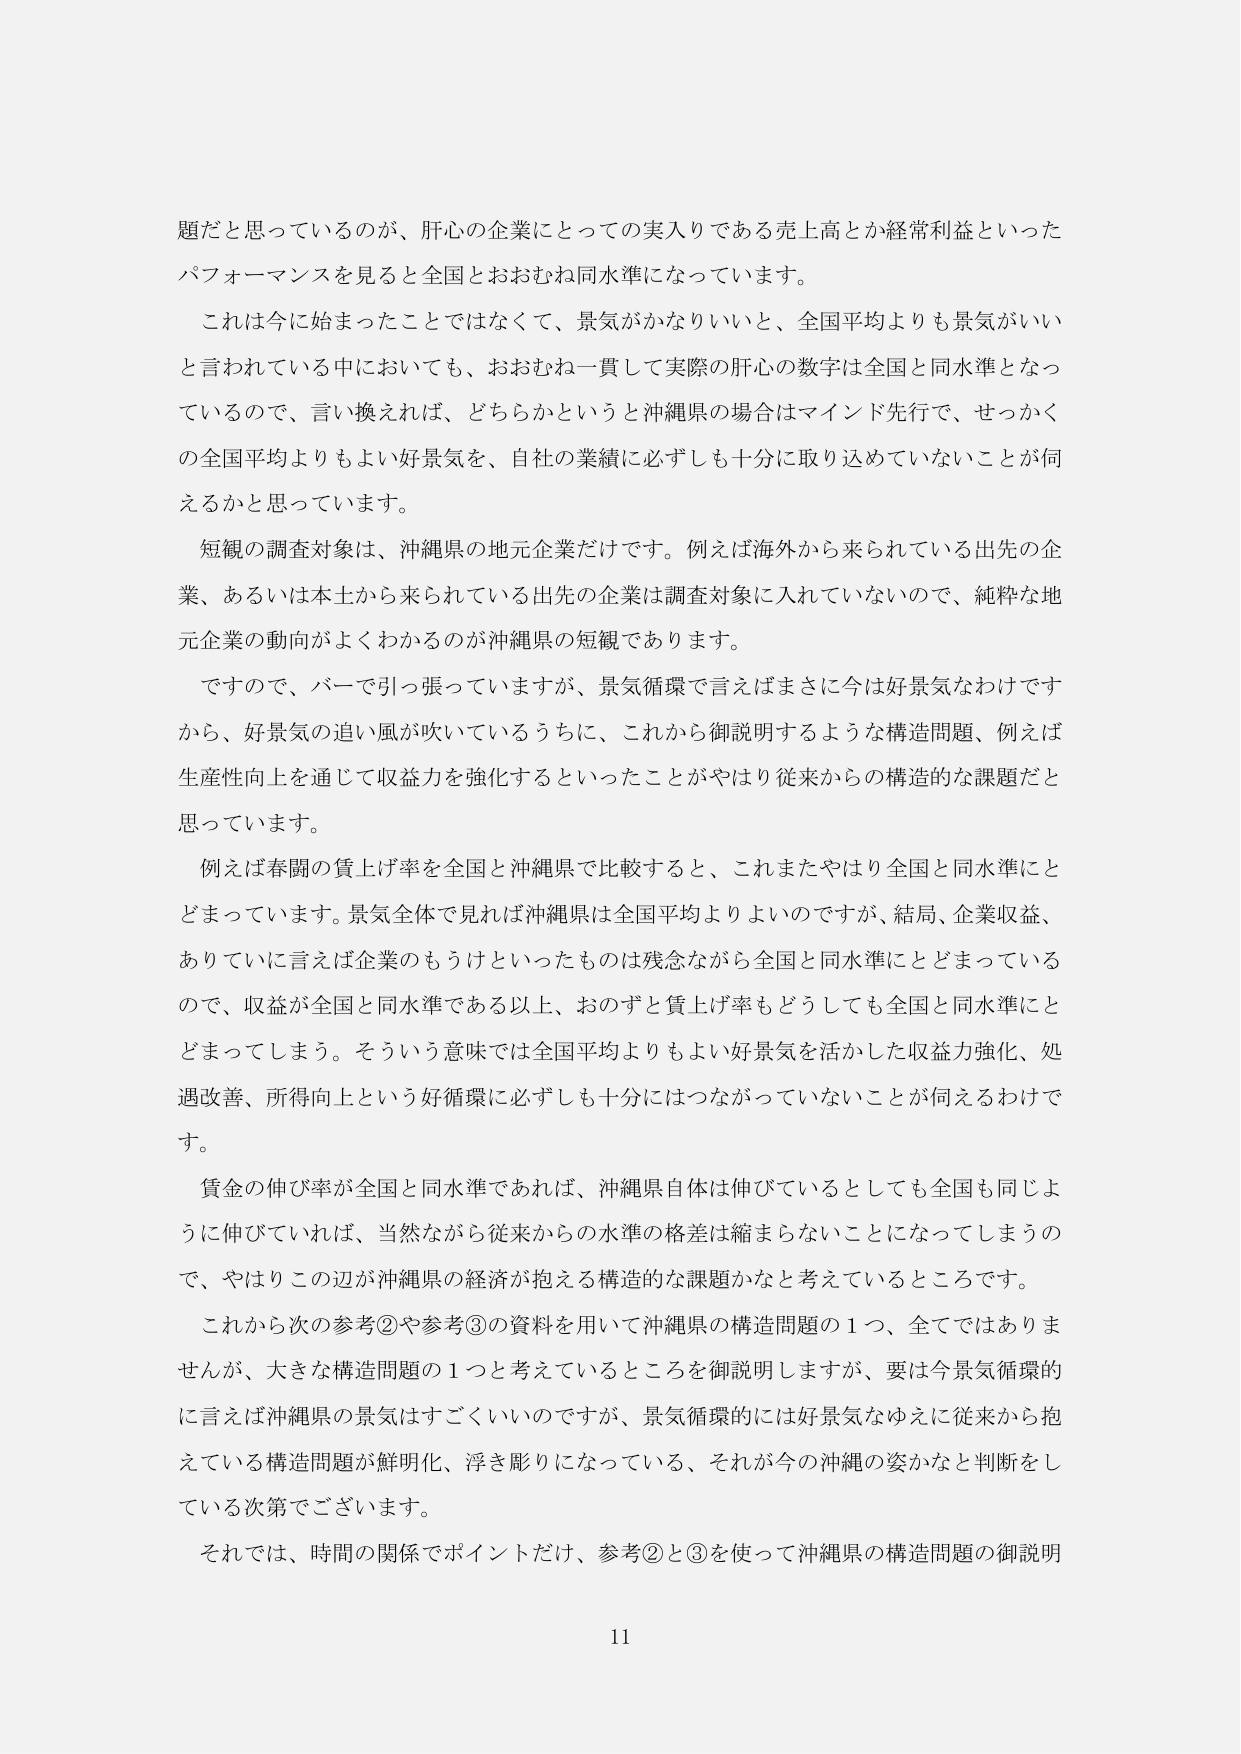
題だと思っているのが、肝心の企業にとっての実入りである売上高とか経常利益といったパフォーマンスを見ると全国とおおむね同水準になっています。

これは今に始まったことではなくて、景気がかなりいいと、全国平均よりも景気がいいと言われている中においても、おおむね一貫して実際の肝心の数字は全国と同水準となっているので、言い換えれば、どちらかというと沖縄県の場合はマインド先行で、せっかくの全国平均よりもよい好景気を、自社の業績に必ずしも十分に取り込めていないことが伺えるかと思っています。

短観の調査対象は、沖縄県の地元企業だけです。例えば海外から来られている出先の企業、あるいは本土から来られている出先の企業は調査対象に入れていないので、純粋な地元企業の動向がよくわかるのが沖縄県の短観であります。

ですので、バーで引っ張っていますが、景気循環で言えばまさに今は好景気なわけですから、好景気の追い風が吹いているうちに、これから御説明するような構造問題、例えば生産性向上を通じて収益力を強化するといったことがやはり従来からの構造的な課題だと思っています。

例えば春闘の賃上げ率を全国と沖縄県で比較すると、これまたやはり全国と同水準にとどまっています。景気全体で見れば沖縄県は全国平均よりよいのですが、結局、企業収益、ありていに言えば企業のもうけといったものは残念ながら全国と同水準にとどまっているので、収益が全国と同水準である以上、おのずと賃上げ率もどうしても全国と同水準にとどまってしまう。そういう意味では全国平均よりもよい好景気を活かした収益力強化、処遇改善、所得向上という好循環に必ずしも十分にはつながっていないことが伺えるわけです。

賃金の伸び率が全国と同水準であれば、沖縄県自体は伸びているとしても全国も同じように伸びていれば、当然ながら従来からの水準の格差は縮まらないことになってしまうので、やはりこの辺が沖縄県の経済が抱える構造的な課題かなと考えているところです。

これから次の参考②や参考③の資料を用いて沖縄県の構造問題の１つ、全てではありませんが、大きな構造問題の１つと考えているところを御説明しますが、要は今景気循環的に言えば沖縄県の景気はすごくいいのですが、景気循環的には好景気なゆえに従来から抱えている構造問題が鮮明化、浮き彫りになっている、それが今の沖縄の姿かなと判断をしている次第でございます。

それでは、時間の関係でポイントだけ、参考②と③を使って沖縄県の構造問題の御説明

11